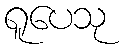
ရူပေသု